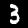
Label: 3